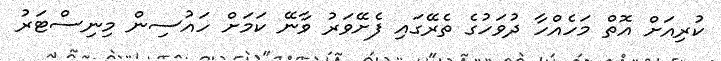
ކުރިއަށް އޮތް މަހެއްހާ ދުވަހުގެ ތެރޭގައި ފެށޭވަރު ވާނޭ ކަމަށް ހައުސިން މިނިސްޓަރު